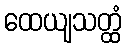
ထေယျသတ္ထံ